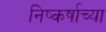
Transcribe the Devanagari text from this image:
निष्कर्षाच्या